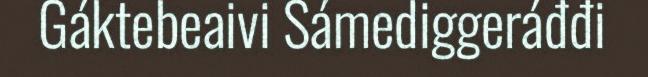
Gáktebeaivi Sámediggeráđđi